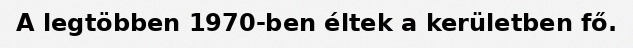
A legtöbben 1970-ben éltek a kerületben fő.